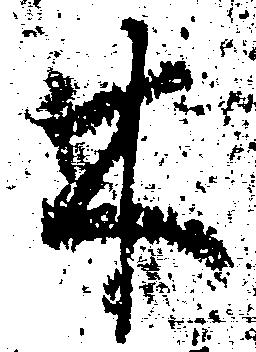
木